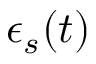
\epsilon _ { s } ( t )